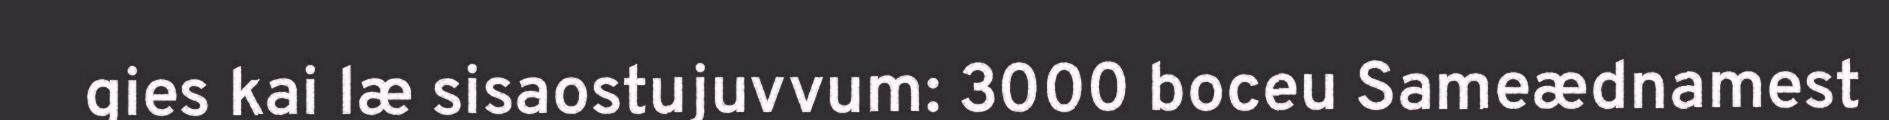
gies kai læ sisaostujuvvum: 3000 boceu Sameædnamest